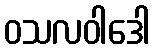
ဝသလဝါဒေါ